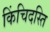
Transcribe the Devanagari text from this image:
किंचिदस्ति